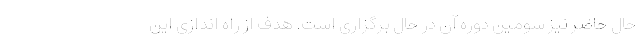
حال حاضر نیز سومین دوره آن در حال برگزاری است. هدف از راه اندازی این